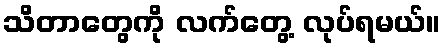
သိတာတွေကို လက်တွေ့ လုပ်ရမယ်။